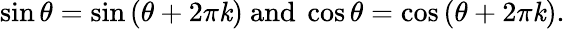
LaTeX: \sin\theta=\sin\left(\theta+2\pi\mathit{k}\right){\mathrm{{~and~}}}\cos\theta=\cos\left(\theta+2\pi\mathit{k}\right).